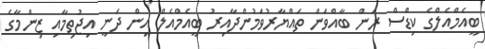
ބީއެމްއެލްގެ ކިޑްސް ރަން ބާއްވަން ތައްޔާރުވަމުންދާއިރު ބީއެމްއެލް އިން ދަނީ އިޖުތިމާއި ޒިންމާގެ